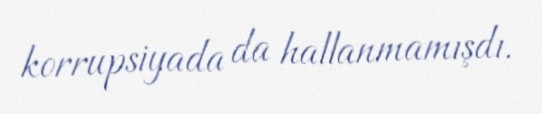
korrupsiyada da hallanmamışdı.